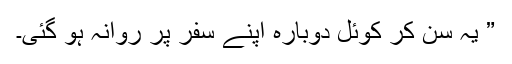
” یہ سن کر کوئل دوبارہ اپنے سفر پر روانہ ہو گئی۔